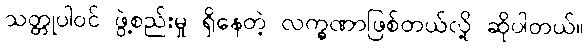
သတ္တုပါဝင် ဖွဲ့စည်းမှု ရှိနေတဲ့ လက္ခဏာဖြစ်တယ်လို့ ဆိုပါတယ်။